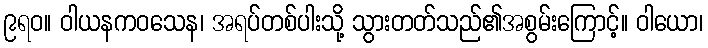
၉ရဝ။ ဝါယနကဝသေန၊ အရပ်တစ်ပါးသို့ သွားတတ်သည်၏အစွမ်းကြောင့်။ ဝါယော၊